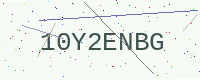
Text: 10Y2ENBG